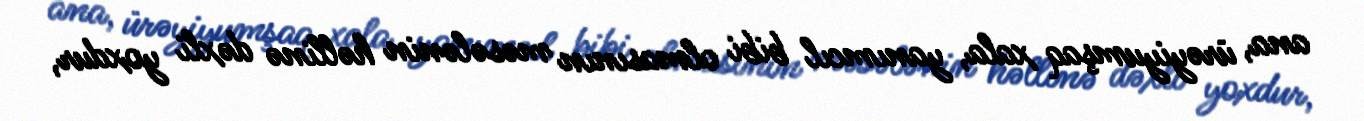
ana, ürəyiyumşaq xala, yanımcıl bibi olmasının məsələnin həllinə dəxli yoxdur,